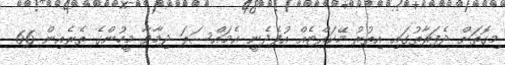
މިގޮތަށް ދެފަރާތުގައި އިތުރު މޭކައްޓެއް އުފެދެނީ އެމައްސަލަ ދިމާވާ މީހުންގެ ތެރެއިން 66